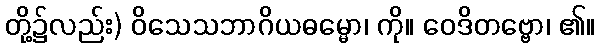
တို့၌လည်း) ဝိသေသဘာဂိယဓမ္မော၊ ကို။ ဝေဒိတဗ္ဗော၊ ၏။